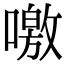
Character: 噭